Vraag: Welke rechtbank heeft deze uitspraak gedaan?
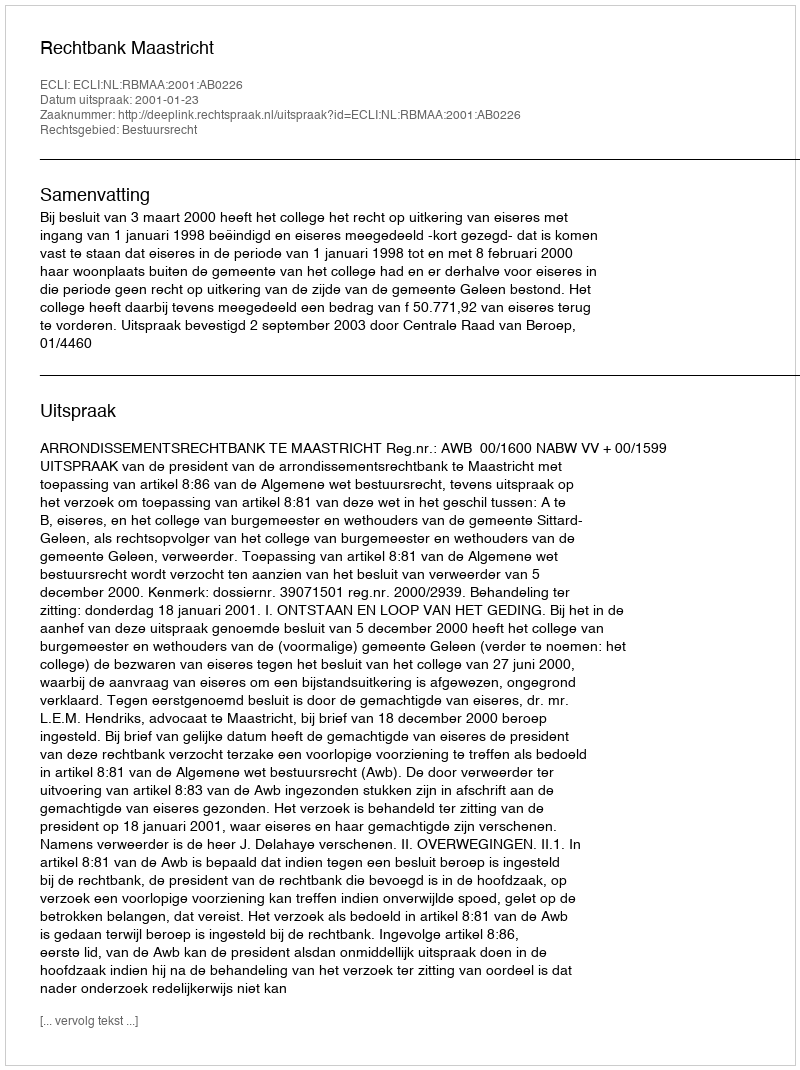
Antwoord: Rechtbank Maastricht